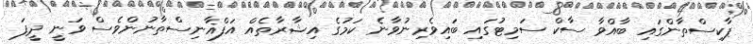
ޕާކިސްތާންގައި ބާއްވާ ސާކް ސަމިޓުގައި ބައިވެރިނުވާނެ ކަމުގެ އިޝާރާތެއް އަފްޣާނިސްތާނުންވެސް ވަނީ ދީފަ